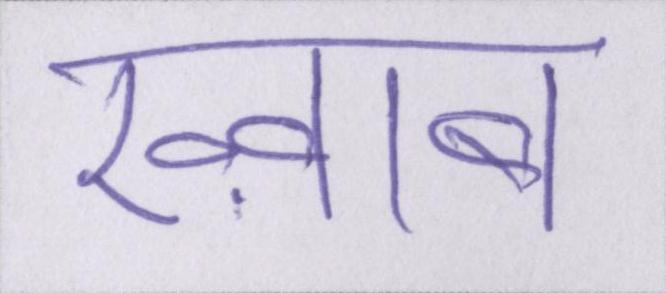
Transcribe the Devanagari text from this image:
ख्व़ाब